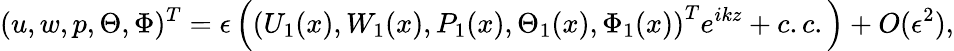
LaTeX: (u,w,p,\Theta,\Phi)^{T}=\epsilon\left(\left(U_{1}(x),W_{1}(x),P_{1}(x),\Theta_{1}(x),\Phi_{1}(x)\right)^{T}e^{ikz}+c.c.\right)+O(\epsilon^{2}),